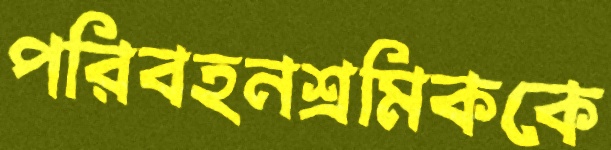
পরিবহনশ্রমিককে